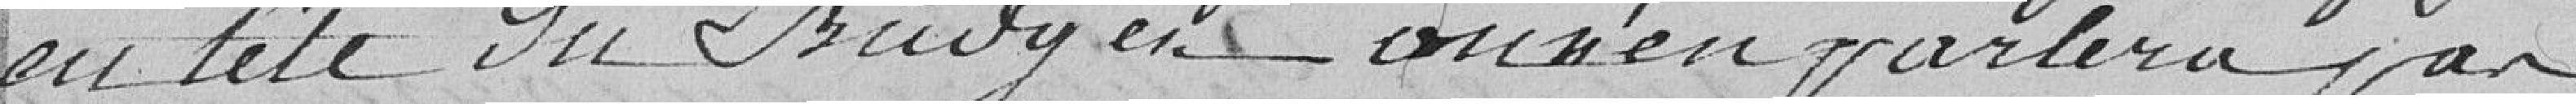
en tête du Budget ou n'en parlera pas